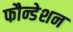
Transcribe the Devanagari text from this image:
फौन्डेशन